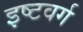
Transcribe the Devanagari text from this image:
इष्टवर्ग